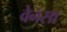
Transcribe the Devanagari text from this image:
वेनसा